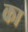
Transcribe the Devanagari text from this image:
का